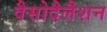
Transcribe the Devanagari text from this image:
वैसोदैलैशन